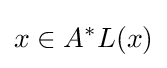
x\in A^{\ast }L(x)